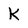
Character: K